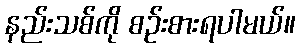
နည်းသစ်ကို စဉ်းစားရပါမယ်။